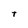
Character: T